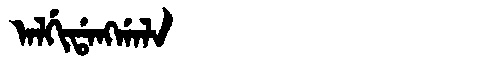
Manchu: ᠠᠯᡤᡳᡩᠠᠩᡤᠠᠯᠠ
Romanization: ALGIDANGGALA